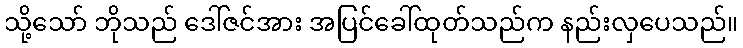
သို့သော် ဘိုသည် ဒေါ်ဇင်အား အပြင်ခေါ်ထုတ်သည်က နည်းလှပေသည်။